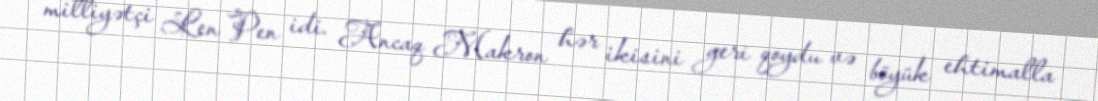
milliyətçi Len Pen idi. Ancaq Makron hər ikisini geri qoydu və böyük ehtimalla